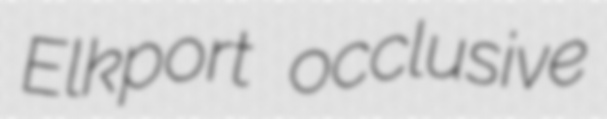
Elkport occlusive